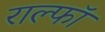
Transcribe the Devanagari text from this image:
राल्फॉ